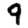
Digit: 9